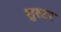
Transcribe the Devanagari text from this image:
सुस्टर